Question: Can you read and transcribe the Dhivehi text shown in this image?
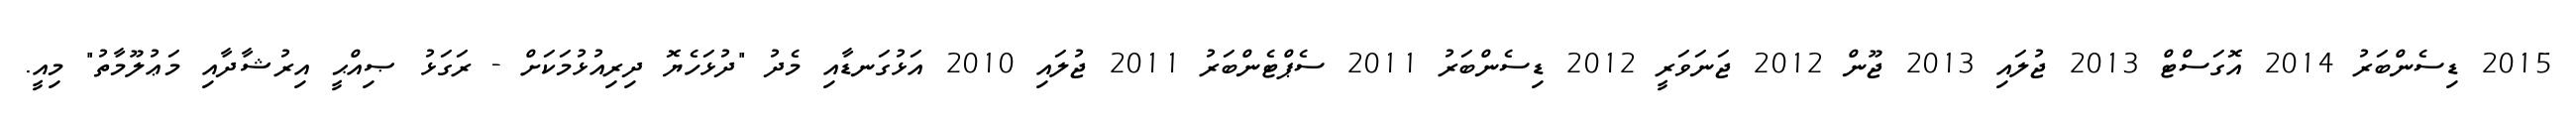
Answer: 2015 ޑިސެންބަރު 2014 އޮގަސްޓް 2013 ޖުލައި 2013 ޖޫން 2012 ޖަނަވަރީ 2012 ޑިސެންބަރު 2011 ސެޕްޓެންބަރު 2011 ޖުލައި 2010 އަޅުގަނޑާއި މެދު "ދުޅަހެޔޮ ދިރިއުޅުމަކަށް - ރަގަޅު ޞިއްޙީ އިރުޝާދާއި މަޢުލޫމާތު" މިއީ.